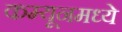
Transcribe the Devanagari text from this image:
कम्यूनमध्ये